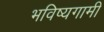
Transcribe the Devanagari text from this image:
भविष्यगामी